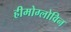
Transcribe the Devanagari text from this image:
हीमोग्लोविन